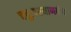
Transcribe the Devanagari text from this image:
चतुःपरमाणवीय